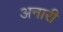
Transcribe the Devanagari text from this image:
अनारी